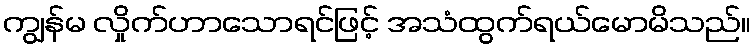
ကျွန်မ လှိုက်ဟာသောရင်ဖြင့် အသံထွက်ရယ်မောမိသည်။